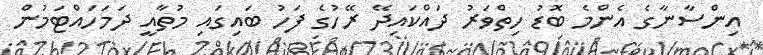
އިންސާނާގެ އެންމެ ބޮޑު ހިތްވަރު ދައްކައިދޭ ރޭހުގެ ފަހު ބައިގައި މުތާއީ ދަމަހައްޓަމުން